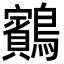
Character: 𪇕